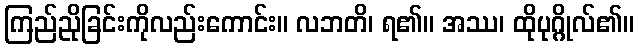
ကြည်ညိုခြင်းကိုလည်းကောင်း။ လဘတိ၊ ရ၏။ အဿ၊ ထိုပုဂ္ဂိုလ်၏။